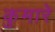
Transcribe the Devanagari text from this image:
कुमारे